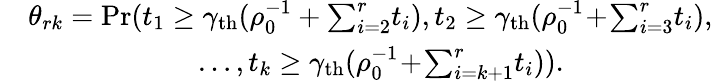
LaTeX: \begin{array}{rl}&{\theta_{rk}=\mathrm{Pr}(t_{1}\geq\gamma_{\mathrm{th}}(\rho_{0}^{-1}+\textstyle{\sum_{i=2}^{r}}t_{i}),t_{2}\geq\gamma_{\mathrm{th}}(\rho_{0}^{-1}\! +\! \textstyle{\sum_{i=3}^{r}}t_{i}),}\\ &{\qquad\qquad\qquad\ldots,t_{k}\geq\gamma_{\mathrm{th}}(\rho_{0}^{-1}\! +\! \textstyle{\sum_{i=k+1}^{r}}t_{i})).\! }\end{array}